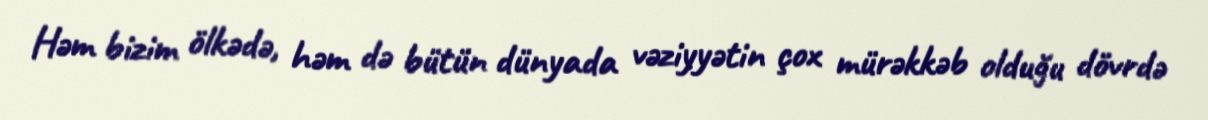
Həm bizim ölkədə, həm də bütün dünyada vəziyyətin çox mürəkkəb olduğu dövrdə